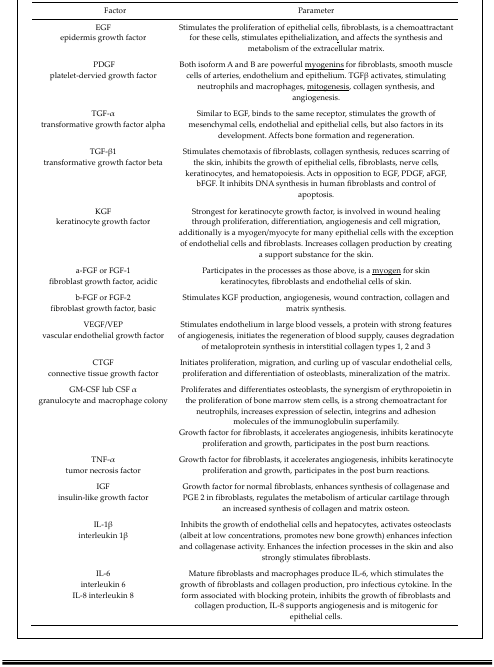
<table><thead><tr><td><b>Factor</b></td><td><b>Parameter</b></td></tr></thead><tbody><tr><td>EGFepidermis growth factor</td><td>Stimulates the proliferation of epithelial cells, fibroblasts, is a chemoattractant for these cells, stimulates epithelialization, and affects the synthesis and metabolism of the extracellular matrix.</td></tr><tr><td>PDGFplatelet-dervied growth factor</td><td>Both isoform A and B are powerful <underline>myogenins</underline> for fibroblasts, smooth muscle cells of arteries, endothelium and epithelium. TGFβ activates, stimulating neutrophils and macrophages, <underline>mitogenesis</underline>, collagen synthesis, and angiogenesis.</td></tr><tr><td>TGF-αtransformative growth factor alpha</td><td>Similar to EGF, binds to the same receptor, stimulates the growth of mesenchymal cells, endothelial and epithelial cells, but also factors in its development. Affects bone formation and regeneration.</td></tr><tr><td>TGF-β1transformative growth factor beta</td><td>Stimulates chemotaxis of fibroblasts, collagen synthesis, reduces scarring of the skin, inhibits the growth of epithelial cells, fibroblasts, nerve cells, keratinocytes, and hematopoiesis. Acts in opposition to EGF, PDGF, aFGF, bFGF. It inhibits DNA synthesis in human fibroblasts and control of apoptosis.</td></tr><tr><td>KGFkeratinocyte growth factor</td><td>Strongest for keratinocyte growth factor, is involved in wound healing through proliferation, differentiation, angiogenesis and cell migration, additionally is a myogen/myocyte for many epithelial cells with the exception of endothelial cells and fibroblasts. Increases collagen production by creating a support substance for the skin.</td></tr><tr><td>a-FGF or FGF-1fibroblast growth factor, acidic</td><td>Participates in the processes as those above, is a <underline>myogen</underline> for skin keratinocytes, fibroblasts and endothelial cells of skin.</td></tr><tr><td>b-FGF or FGF-2fibroblast growth factor, basic</td><td>Stimulates KGF production, angiogenesis, wound contraction, collagen and matrix synthesis.</td></tr><tr><td>VEGF/VEPvascular endothelial growth factor</td><td>Stimulates endothelium in large blood vessels, a protein with strong features of angiogenesis, initiates the regeneration of blood supply, causes degradation of metaloprotein synthesis in interstitial collagen types 1, 2 and 3</td></tr><tr><td>CTGFconnective tissue growth factor</td><td>Initiates proliferation, migration, and curling up of vascular endothelial cells, proliferation and differentiation of osteoblasts, mineralization of the matrix.</td></tr><tr><td>GM-CSF lub CSF αgranulocyte and macrophage colony</td><td>Proliferates and differentiates osteoblasts, the synergism of erythropoietin in the proliferation of bone marrow stem cells, is a strong chemoatractant for neutrophils, increases expression of selectin, integrins and adhesion molecules of the immunoglobulin superfamily.Growth factor for fibroblasts, it accelerates angiogenesis, inhibits keratinocyte proliferation and growth, participates in the post burn reactions.</td></tr><tr><td>TNF-αtumor necrosis factor</td><td>Growth factor for fibroblasts, it accelerates angiogenesis, inhibits keratinocyte proliferation and growth, participates in the post burn reactions.</td></tr><tr><td>IGFinsulin-like growth factor</td><td>Growth factor for normal fibroblasts, enhances synthesis of collagenase and PGE 2 in fibroblasts, regulates the metabolism of articular cartilage through an increased synthesis of collagen and matrix osteon.</td></tr><tr><td>IL-1βinterleukin 1β</td><td>Inhibits the growth of endothelial cells and hepatocytes, activates osteoclasts (albeit at low concentrations, promotes new bone growth) enhances infection and collagenase activity. Enhances the infection processes in the skin and also strongly stimulates fibroblasts.</td></tr><tr><td>IL-6interleukin 6</td><td rowspan="2">Mature fibroblasts and macrophages produce IL-6, which stimulates the growth of fibroblasts and collagen production, pro infectious cytokine. In the form associated with blocking protein, inhibits the growth of fibroblasts and collagen production, IL-8 supports angiogenesis and is mitogenic for epithelial cells.</td></tr><tr><td>IL-8interleukin 8</td></tr></tbody></table>